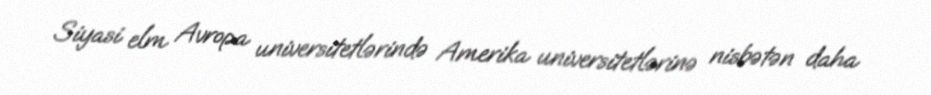
Siyasi elm Avropa universitetlərində Amerika universitetlərinə nisbətən daha